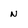
Character: N